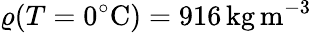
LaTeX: \varrho(T=0^{\circ}\mathrm{C})=916\mathrm{\, kg\, m^{-3}}